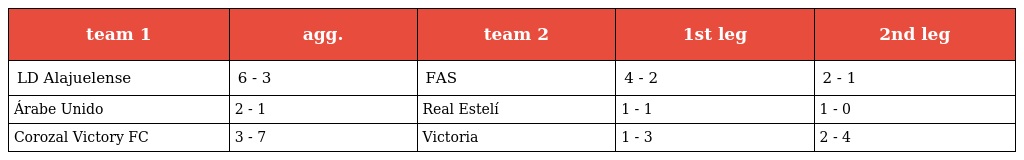
| team 1 | agg. | team 2 | 1st leg | 2nd leg |
 | --- | --- | --- | --- | --- |
 | LD Alajuelense | 6 - 3 | FAS | 4 - 2 | 2 - 1 |
 | Árabe Unido | 2 - 1 | Real Estelí | 1 - 1 | 1 - 0 |
 | Corozal Victory FC | 3 - 7 | Victoria | 1 - 3 | 2 - 4 |